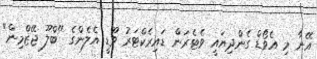
އޭނާ މި އެވޯޑް ގެންދިޔައީ ވެޓެރަން ޑައިރެކްޓަރު ވޫޑީ އެލެންގެ "ބްލޫ ޖޭޒްމިން"